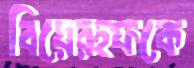
বিয়েরহফকে